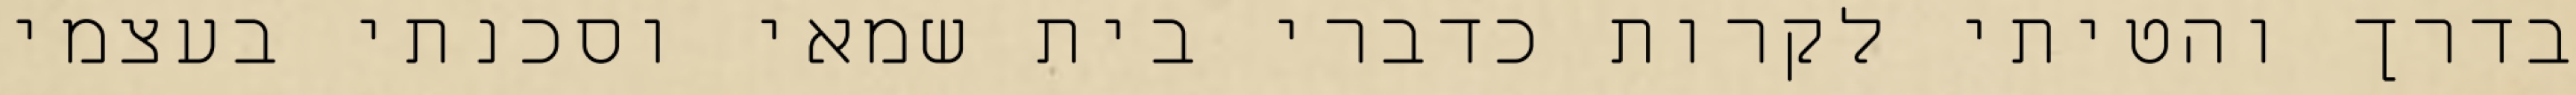
בדרך והטיתי לקרות כדברי בית שמאי וסכנתי בעצמי